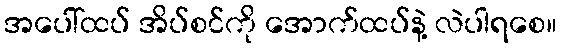
အပေါ်ထပ် အိပ်စင်ကို အောက်ထပ်နဲ့ လဲပါရစေ။